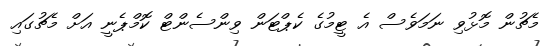
މެޗުން މޮޅުވި ނަމަވެސް އެ ޓީމުގެ ކެޕްޓަން ވިންސެންޓް ކޮމްޕެނީ އަށް މެޗުގައި